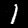
Digit: 1